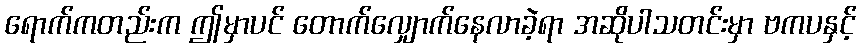
ရောက်ကတည်းက ဤမှာပင် တောက်လျှောက်နေလာခဲ့ရာ အဆိုပါသတင်းမှာ ဗကပနှင့်